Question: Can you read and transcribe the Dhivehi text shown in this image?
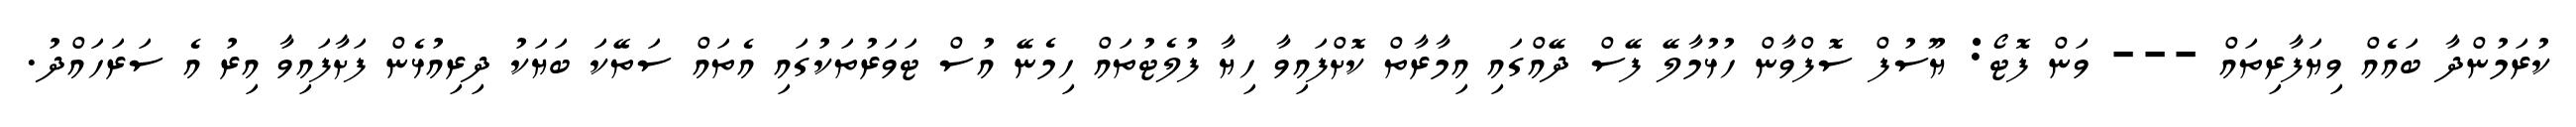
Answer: ކުރަމުންދާ ބައެއް ވިޔަފާރިތައް --- ވަން ފޮޓޯ: ޔޫސުފް ސޮފްވާން ހުޅުމާލޭ ފޭސް ދޭއްގައި އިމާރާތް ކޮށްފައިވާ ހިޔާ ފުލެޓުތައް ހިމެނޭ އުސް ޓަވަރުތަކުގައި އެތައް ސަތޭކަ ބަޔަކު ދިރިއުޅެން ފަށާފައިވާ އިރު އެ ސަރަހައްދު.